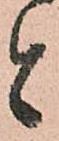
者